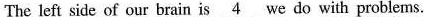
The left side of our brain is \underline{4} we do with problems.